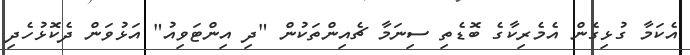
އެކަމާ ގުޅިގެން އެމެރިކާގެ ބޮޑެތި ސިނަމާ ޗެއިންތަކުން "ދި އިންޓަވިއު" އަޅުވަން ދެކޮޅުހެދި